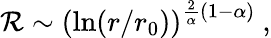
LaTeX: \mathcal{R}\sim\left(\ln(r/r_{0})\right)^{{\frac{{2}}{{\alpha}}}(1-\alpha)}~,